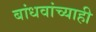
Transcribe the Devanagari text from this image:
बांधवांच्याही